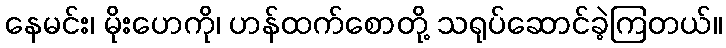
နေမင်း၊ မိုးဟေကို၊ ဟန်ထက်စောတို့ သရုပ်ဆောင်ခဲ့ကြတယ်။